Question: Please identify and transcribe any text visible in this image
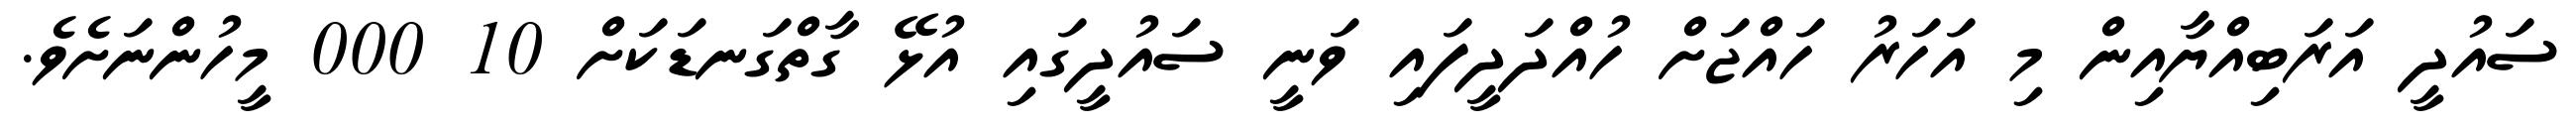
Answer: ސައުދީ އަރަބިއްޔާއިން މި އަހަރު ހައްޖަށް ހުއްދަދީފައި ވަނީ ސައުދީގައި އުޅޭ ގާތްގަނޑަކަށް 10 000 މީހުންނަށެވެ.